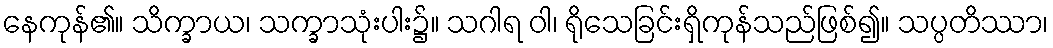
နေကုန်၏။ သိက္ခာယ၊ သက္ခာသုံးပါး၌။ သဂါရ ဝါ၊ ရိုသေခြင်းရှိကုန်သည်ဖြစ်၍။ သပ္ပတိဿာ၊